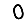
Digit: 0